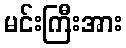
မင်းကြီးအား